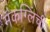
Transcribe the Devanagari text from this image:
मॅकग्लिंची